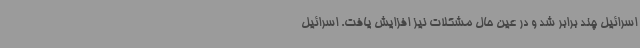
اسرائیل چند برابر شد و در عین حال مشکلات نیز افزایش یافت. اسرائیل